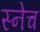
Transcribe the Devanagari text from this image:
स्नेच